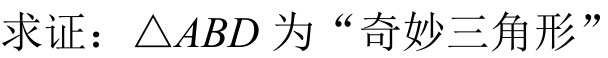
求证：\(\triangle ABD\)为“奇妙三角形”